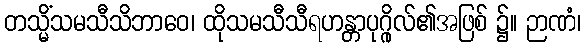
တသ္မိံသမသီသိဘာဝေ၊ ထိုသမသီသီရဟန္တာပုဂ္ဂိုလ်၏အဖြစ် ၌။ ဉာဏံ၊